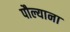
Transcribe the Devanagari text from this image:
पौल्याना